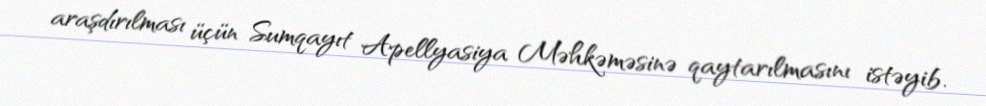
araşdırılması üçün Sumqayıt Apellyasiya Məhkəməsinə qaytarılmasını istəyib.